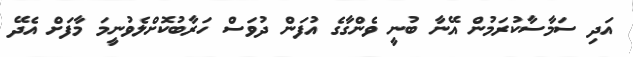
އަދި ސަމާސާކުރަމުން އޭނާ ބުނީ ވެންގާގެ އުފަން ދުވަސް ހަރާބުކޮށްލެވުނީމަ މާފަށް އެދޭ